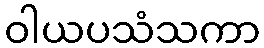
ဝါယပသံသကာ